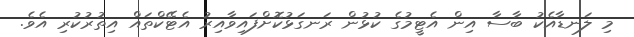
މި ލަނޑާއެކު ބާސާ އިން އެޓީމުގެ ކުޅުން ރަނގަޅުކޮށްފައިވާއިރު އެޓޭކްތައް އިތުރުކުރި އެވެ.